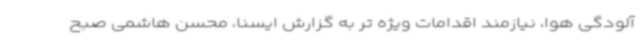
آلودگی هوا، نیازمند اقدامات ویژه تر به گزارش ایسنا، محسن هاشمی صبح